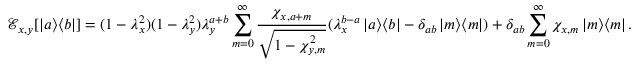
\mathcal { E } _ { x , y } [ \left| a \middle > \middle < b \right| ] = ( 1 - \lambda _ { x } ^ { 2 } ) ( 1 - \lambda _ { y } ^ { 2 } ) \lambda _ { y } ^ { a + b } \sum _ { m = 0 } ^ { \infty } \frac { \chi _ { x , a + m } } { \sqrt { 1 - \chi _ { y , m } ^ { 2 } } } ( \lambda _ { x } ^ { b - a } \left| a \middle > \middle < b \right| - \delta _ { a b } \left| m \middle > \middle < m \right| ) + \delta _ { a b } \sum _ { m = 0 } ^ { \infty } \chi _ { x , m } \left| m \middle > \middle < m \right| .